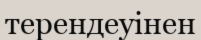
терендеуінен